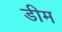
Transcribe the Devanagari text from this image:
डीम